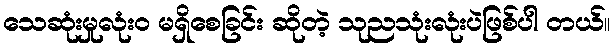
သေဆုံးမှုလုံး၀ မရှိစေခြင်း ဆိုတဲ့ သုညသုံးလုံးပဲဖြစ်ပါ တယ်။